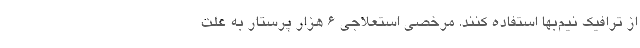
از ترافیک نیم‌بها استفاده کنند. مرخصی استعلاجی ۶ هزار پرستار به علت